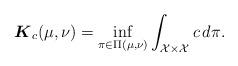
LaTeX: \begin{align*} \boldsymbol{K}_c(\mu, \nu) = \inf_{\pi \in \Pi(\mu, \nu)} \int_{\mathcal{X} \times \mathcal{X}} c \, d\pi.\end{align*}